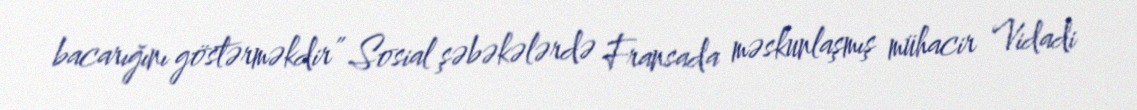
bacarığını göstərməkdir” Sosial şəbəkələrdə Fransada məskunlaşmış mühacir Vidadi